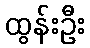
ထွန်းဦး